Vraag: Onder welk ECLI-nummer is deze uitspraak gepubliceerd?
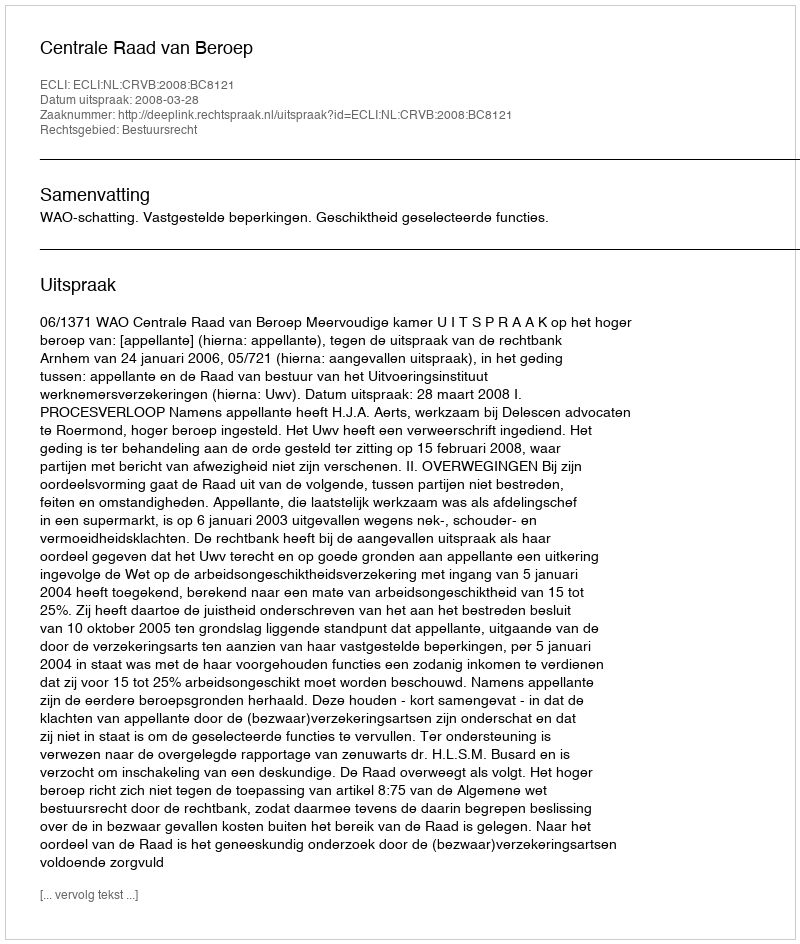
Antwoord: ECLI:NL:CRVB:2008:BC8121